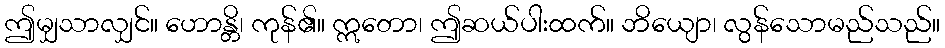
ဤမျှသာလျှင်။ ဟောန္တိ၊ ကုန်၏။ ဣတော၊ ဤဆယ်ပါးထက်။ ဘိယျော၊ လွန်သောမည်သည်။